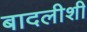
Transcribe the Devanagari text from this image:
बादलीशी